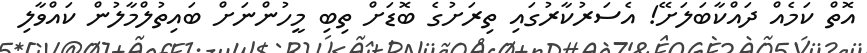
އޮތް ކަމެއް ދައްކާބަލަށޭ! އެސަރުކާރުގައި ތިރަށުގެ ބޮޑަށް ތިބި މީހުންނަށް ބައިތުލްމާލުން ކައްވާލި